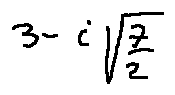
3 - i \sqrt { \frac { 7 } { 2 } }